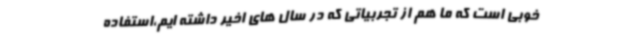
خوبی است که ما هم از تجربیاتی که در سال های اخیر داشته ایم،استفاده